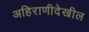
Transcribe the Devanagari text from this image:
अहिराणीदेखील